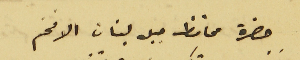
حضرة محافظ جبل لبنان الافخم